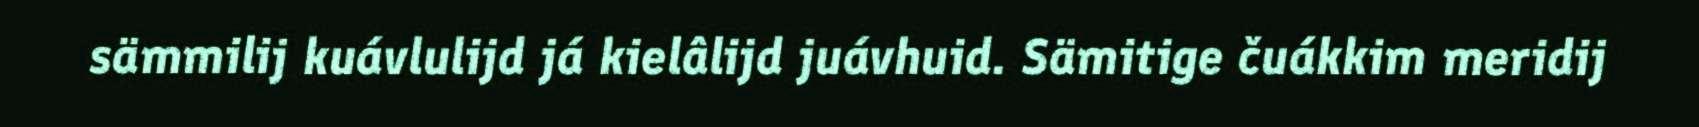
sämmilij kuávlulijd já kielâlijd juávhuid. Sämitige čuákkim meridij